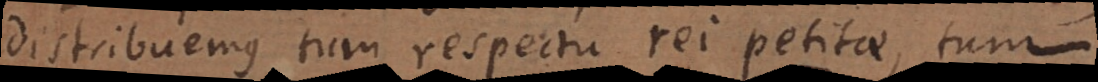
distribuemus tum respectu rei petitae, tum